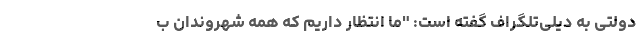
دولتی به دیلی‌تلگراف گفته است: "ما انتظار داریم که همه شهروندان ب